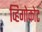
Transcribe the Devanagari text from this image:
व्हिगोकोट